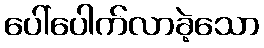
ပေါ်ပေါက်လာခဲ့သော